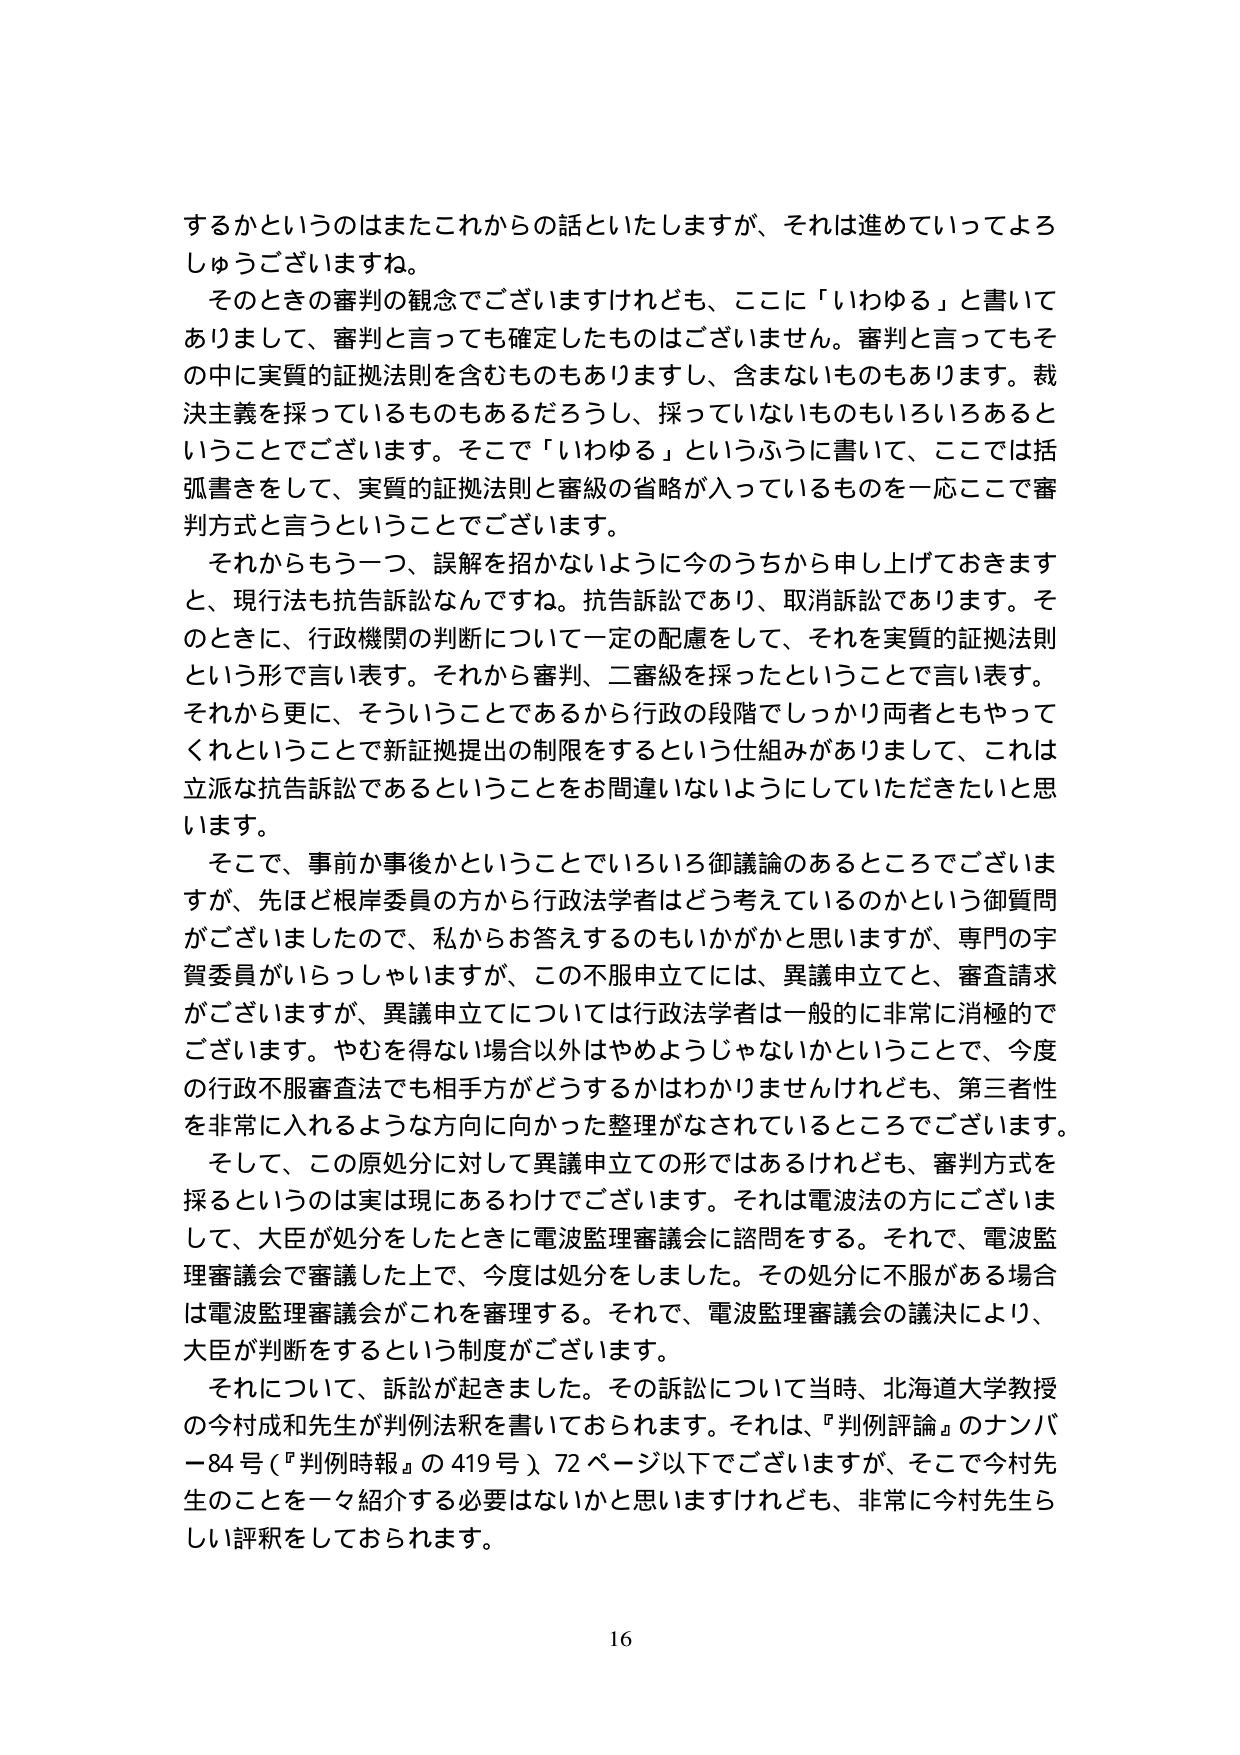
するかというのはまたこれからのお話といたしますが、それは進めていってよろしゅうございますね。

そのときの審判の観念でございますけれども、ここに「いわゆる」と書いてありまして、審判と言っても確定したもののはございません。審判と言ってもその中に実質的証拠法則を含むものもありますし、含まないものもあります。裁決主義を採っているものもあるだろうし、採っていないものもいろいろあるということでございます。そこで「いわゆる」というふうに書いて、ここでは括弧書きをして、実質的証拠法則と審級の省略が入っているものを一応ここで審判方式と言うということでございます。

それからもう一つ、誤解を招かないように今のうちから申し上げておきますと、現行法も抗告訴訟なんですね。抗告訴訟であり、取消訴訟であります。そのときに、行政機関の判断について一定の配慮をして、それを実質的証拠法則という形で言い表す。それから審判、二審級を採ったということで言い表す。それから更に、そういうことであるから行政の段階でしっかり両者ともやってくれということで新証拠提出の制限をするという仕組みがありまして、これは立派な抗告訴訟であるということをお間違いないようにしていただきたいと思います。

そこで、事前か事後かということでいろいろ御議論のあるところでございますが、先ほど根岸委員の方から行政法学者はどう考えているのかという御質問がございましたので、私からお答えするのもいかがかと思いますが、専門の宇賀委員がいらっしゃいますか、この不服申立てには、異議申立てと、審査請求がございますが、異議申立てについては行政法学者は一般的に非常に消極的でございます。やむを得ない場合以外はやめようじゃないかということで、今度の行政不服審査法でも相手方がどうするかはわかりませんけれども、第三者性を非常に入れるような方向に向かった整理がなされているところでございます。

そして、この原処分に対して異議申立ての形ではあるけれども、審判方式を採るというのは実は現にあるわけでございます。それは電波法の方にございまして、大臣が処分をしたときに電波監理審議会に諮問をする。それで、電波監理審議会で審議した上で、今度は処分をしました。その処分に不服がある場合は電波監理審議会がこれを審理する。それで、電波監理審議会の議決により、大臣が判断をするという制度がございます。

それについて、訴訟が起きました。その訴訟について当時、北海道大学教授の今村成和先生が判例法釈を書いておられます。それは、『判例評論』のナンバー84号（『判例時報』の419号）、72ページ以下でございますが、そこで今村先生のことを一々紹介する必要はないかと思いますけれども、非常に今村先生らしい評釈をしておられます。

16